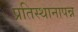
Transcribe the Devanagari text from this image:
प्रतिस्थानापन्न